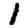
Digit: 1